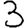
Digit: 3